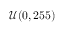
\mathcal { U } ( 0 , 2 5 5 )